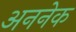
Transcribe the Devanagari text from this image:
अननेक